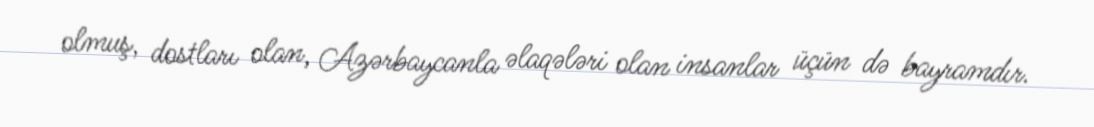
olmuş, dostları olan, Azərbaycanla əlaqələri olan insanlar üçün də bayramdır.